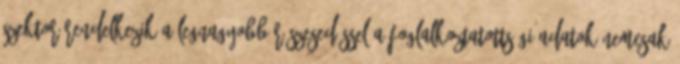
szektor rendelkezik a legnagyobb részesedéssel A foglalkoztatottsági adatok nemcsak